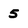
Character: 5